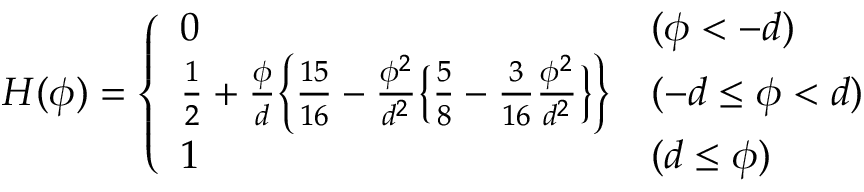
H ( \phi ) = \left\{ \begin{array} { l l } { 0 } & { ( \phi < - d ) } \\ { \frac { 1 } { 2 } + \frac { \phi } { d } \Bigl \{ \frac { 1 5 } { 1 6 } - \frac { \phi ^ { 2 } } { d ^ { 2 } } \bigl \{ \frac { 5 } { 8 } - \frac { 3 } { 1 6 } \frac { \phi ^ { 2 } } { d ^ { 2 } } \bigr \} \Bigr \} } & { ( - d \leq \phi < d ) } \\ { 1 } & { ( d \leq \phi ) } \end{array} \right.